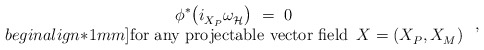
\begin{align*} \begin{array}{c} \phi^* \big( i_{X_P}^{} \omega_{\mathcal{H}}^{\vphantom{j}} \big)~=~0 \\begin{align*}1mm] \mbox{for any projectable vector field $\, X = (X_P^{},X_M^{})$} \end{array}~,\end{align*}